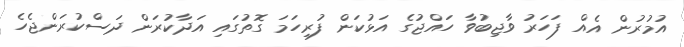
އުމުރުން އެއް ފަހަރު ވާޖިބުވާ ހައްޖުގެ އަޅުކަން ފުރިހަމަ ގޮތުގައި އަދާކުރަން ދަސްކުރަންޖެހެ